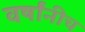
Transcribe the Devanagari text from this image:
वर्षांनीच